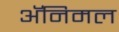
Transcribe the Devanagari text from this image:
अॅनिमल